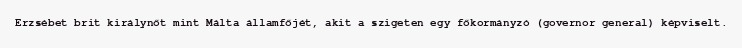
Erzsébet brit királynőt mint Málta államfőjét, akit a szigeten egy főkormányzó (governor general) képviselt.